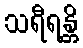
သရီရန္တိ